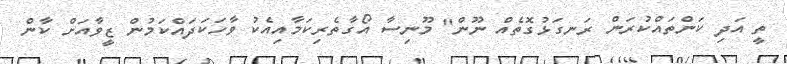
ތީ އަދި ކަންތައްކުރަން ރަނގަޅުގޮތެއް ނޫން" މޫނިސާ އޯގާތެރިކަމާއިއެކު ވާހަކަދައްކަމުން ޒީވާއަށް ކާން